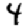
Digit: 4